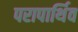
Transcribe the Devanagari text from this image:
परापार्थिव